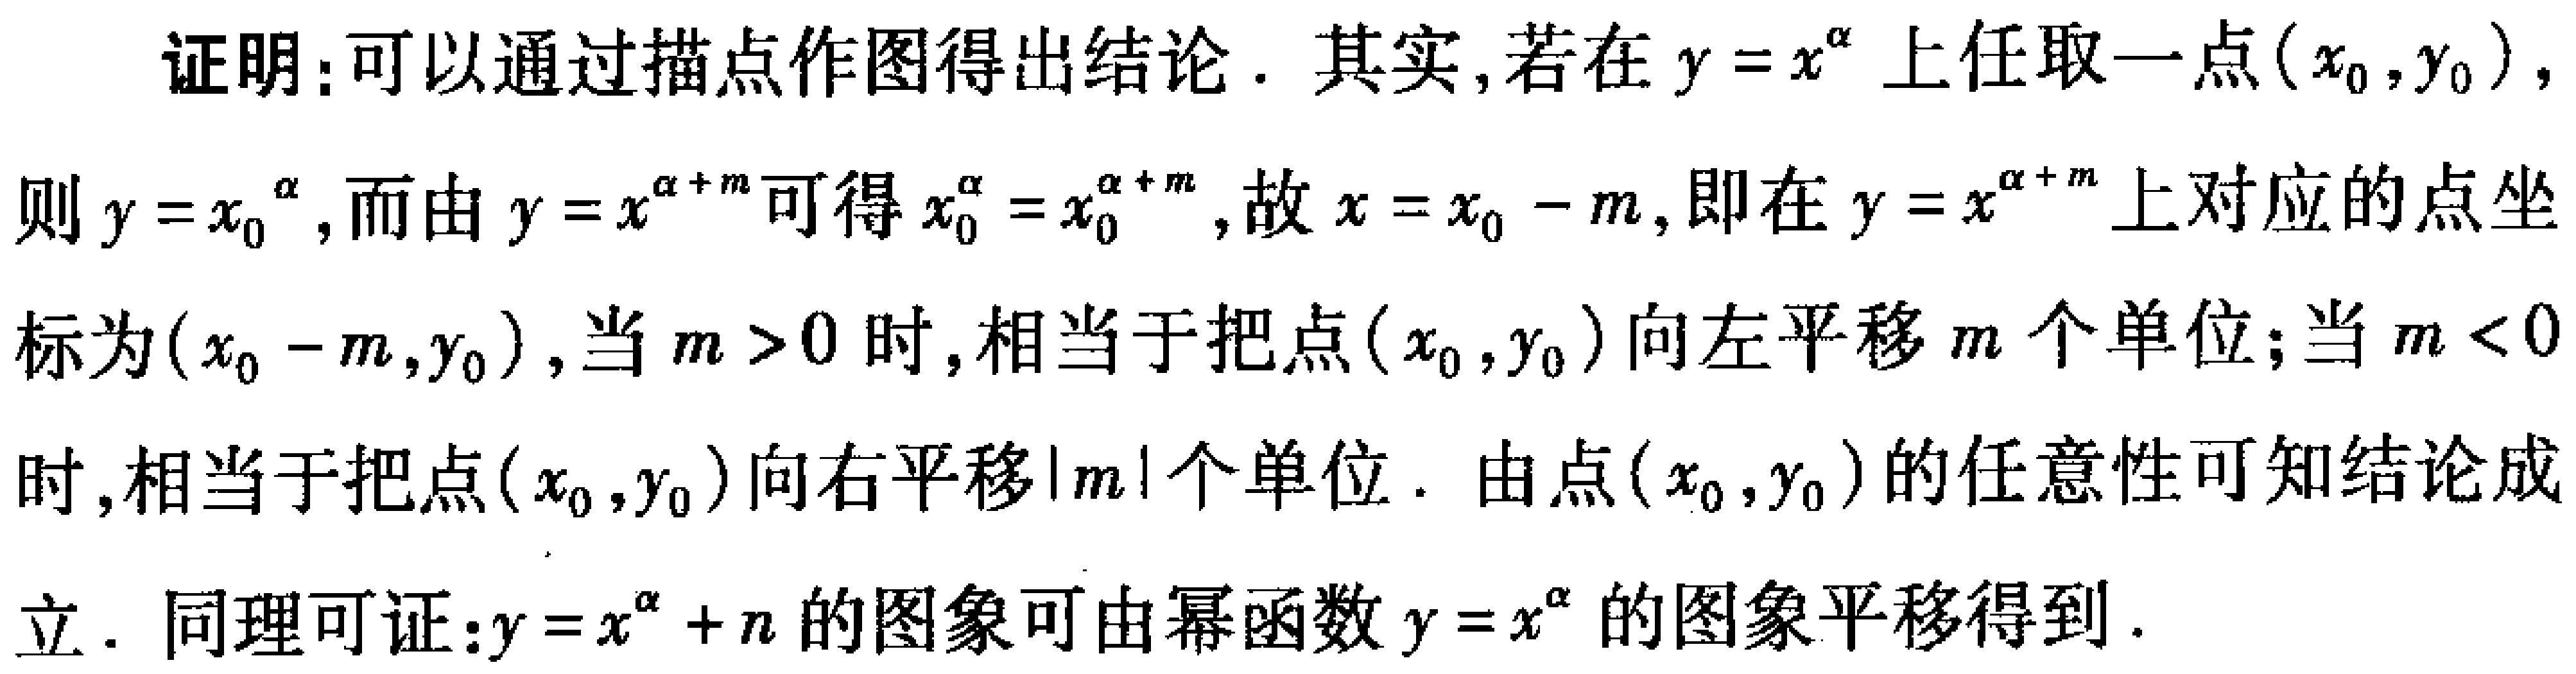
证明：可以通过描点作图得出结论. 其实,若在$y = x^{\alpha}$上任取一点$(x_{0},y_{0})$，则$y = x_{0}^{\alpha}$，而由$y = x^{\alpha + m}$可得$x_{0}^{\alpha}=x_{0}^{\alpha + m}$，故$x = x_{0}-m$，即在$y = x^{\alpha + m}$上对应的点坐标为$(x_{0}-m,y_{0})$，当$m > 0$时,相当于把点$(x_{0},y_{0})$向左平移$m$个单位；当$m < 0$时,相当于把点$(x_{0},y_{0})$向右平移$|m|$个单位. 由点$(x_{0},y_{0})$的任意性可知结论成立. 同理可证：$y = x^{\alpha}+n$的图象可由幂函数$y = x^{\alpha}$的图象平移得到.